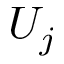
U _ { j }